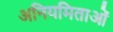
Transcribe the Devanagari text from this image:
अनियमिताओं